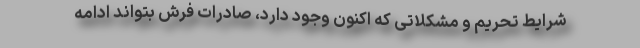
شرایط تحریم و مشکلاتی که اکنون وجود دارد، صادرات فرش بتواند ادامه